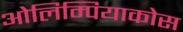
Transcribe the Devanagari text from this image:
ओलिम्पियाकोस